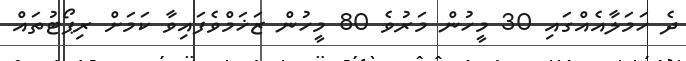
ދެ ހަަމަލާއެއްގައި 30 މީހުން މަރުވެ 80 މީހުން ޒަޚަމްވެފައިވާ ކަަމަށް ރިޕޯޓުތައް